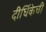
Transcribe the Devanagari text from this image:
दीर्घिकेची